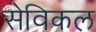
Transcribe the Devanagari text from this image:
सेविकल